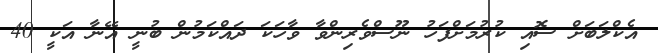
އެކްލަބަށް ސޮއި ކުރުމަށްފަހު ނޫސްވެރިންވާ ވާހަކަ ދައްކަމުން ބުނީ އޭނާ އަކީ 40